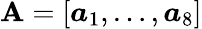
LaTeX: \mathbf{A}=[\boldsymbol{a}_{1},\dots,\boldsymbol{a}_{8}]